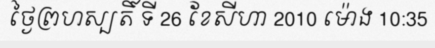
ថ្ងៃព្រហស្បតិ៍ ទី 26 ខែសីហា 2010 ម៉ោង 10:35